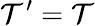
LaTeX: \mathcal{T}^{\prime}=\mathcal{T}